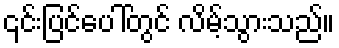
၎င်းပြင်ပေါ်တွင် လိမ့်သွားသည်။